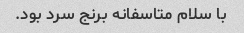
با سلام متاسفانه برنج سرد بود.